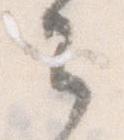
々